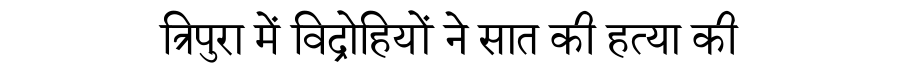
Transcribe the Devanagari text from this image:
त्रिपुरा में विद्रोहियों ने सात की हत्या की